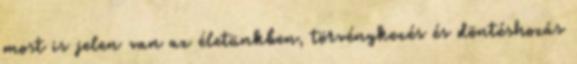
most is jelen van az életünkben, törvénykezés és döntéshozás